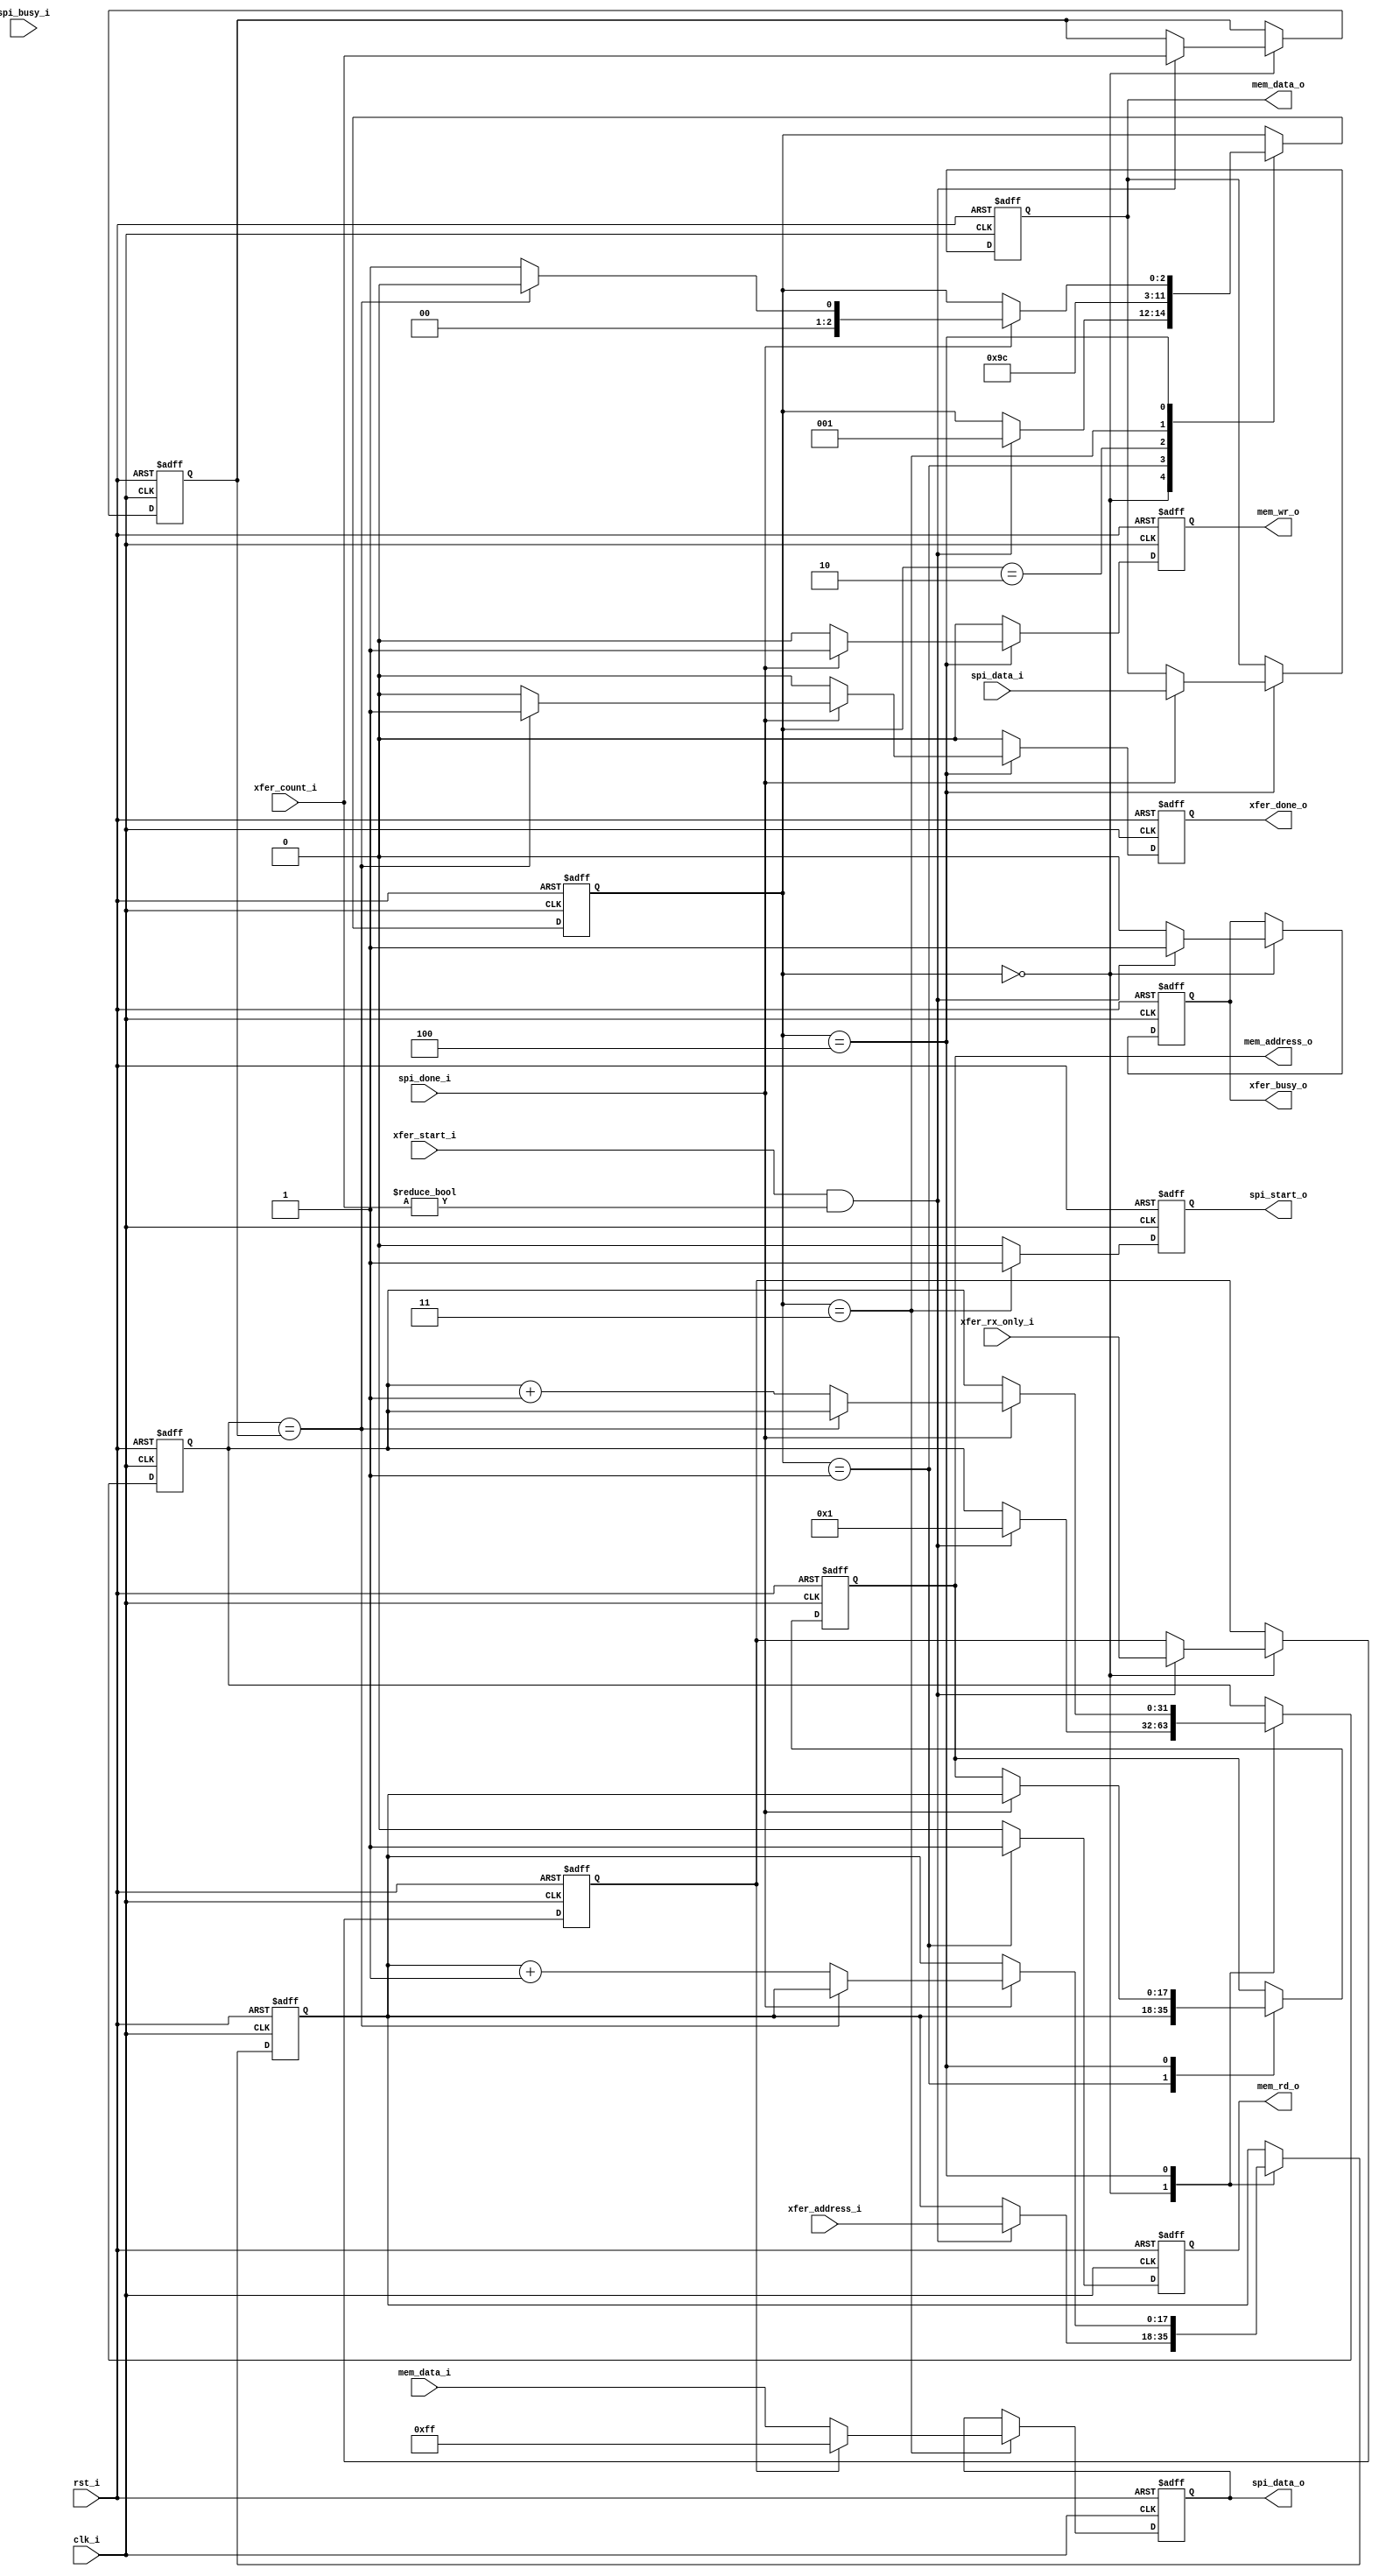
module spi_ctrl 
( 
    // General
    clk_i, 
    rst_i, 
    // Memory interface    
    mem_address_o, 
    mem_data_o, 
    mem_data_i, 
    mem_rd_o, 
    mem_wr_o, 
    // SPI Access    
    spi_start_o, 
    spi_done_i, 
    spi_busy_i, 
    spi_data_i, 
    spi_data_o, 
    // Control    
    xfer_count_i, 
    xfer_address_i, 
    xfer_start_i, 
    xfer_rx_only_i, 
    xfer_done_o, 
    xfer_busy_o 
);

//-----------------------------------------------------------------
// Params
//-----------------------------------------------------------------
parameter  [31:0]               MEM_ADDR_WIDTH = 18;
parameter  [31:0]               XFER_COUNT_WIDTH = 32;
parameter  [31:0]               TRANSFER_WIDTH = 8;

//-----------------------------------------------------------------
// I/O
//----------------------------------------------------------------- 
input                           clk_i /*verilator public*/;
input                           rst_i /*verilator public*/;
output [(MEM_ADDR_WIDTH - 1):0] mem_address_o /*verilator public*/;
output [(TRANSFER_WIDTH - 1):0] mem_data_o /*verilator public*/;
input [(TRANSFER_WIDTH - 1):0]  mem_data_i /*verilator public*/;
output                          mem_rd_o /*verilator public*/;
output                          mem_wr_o /*verilator public*/;
output                          spi_start_o /*verilator public*/;
input                           spi_done_i /*verilator public*/;
input                           spi_busy_i /*verilator public*/;
input [(TRANSFER_WIDTH - 1):0]  spi_data_i /*verilator public*/;
output [(TRANSFER_WIDTH - 1):0] spi_data_o /*verilator public*/;
input [(XFER_COUNT_WIDTH - 1):0]xfer_count_i /*verilator public*/;
input [(MEM_ADDR_WIDTH - 1):0]  xfer_address_i /*verilator public*/;
input                           xfer_start_i /*verilator public*/;
input                           xfer_rx_only_i /*verilator public*/;
output                          xfer_done_o /*verilator public*/;
output                          xfer_busy_o /*verilator public*/;

//-----------------------------------------------------------------
// Registers
//-----------------------------------------------------------------
parameter                        STATE_IDLE = 3'd0;
parameter                        STATE_READ = 3'd1;
parameter                        STATE_READWAIT = 3'd2;
parameter                        STATE_XFER = 3'd3;
parameter                        STATE_WRITE = 3'd4;
    
reg [2:0]                       reg_state;
reg [(XFER_COUNT_WIDTH - 1):0]  reg_count;
reg [(XFER_COUNT_WIDTH - 1):0]  reg_current;
reg [(MEM_ADDR_WIDTH - 1):0]    reg_address;
reg                             reg_rx_only;
reg [(MEM_ADDR_WIDTH - 1):0]    mem_address_o;
reg [(TRANSFER_WIDTH - 1):0]    mem_data_o;
reg                             mem_rd_o;
reg                             mem_wr_o;
reg                             spi_start_o;
reg [(TRANSFER_WIDTH - 1):0]    spi_data_o;
reg                             xfer_done_o;
reg                             xfer_busy_o;

//-----------------------------------------------------------------
// Implementation
//-----------------------------------------------------------------   
always @ (posedge clk_i or posedge rst_i)
begin 
    if (rst_i == 1'b1) 
    begin 
        mem_rd_o        <= 1'b0;
        mem_wr_o        <= 1'b0;
        mem_address_o   <= {(MEM_ADDR_WIDTH - 0){1'b0}};
        mem_data_o      <= {(TRANSFER_WIDTH - 0){1'b0}};
        xfer_done_o     <= 1'b0;
        xfer_busy_o     <= 1'b0;
        spi_start_o     <= 1'b0;
        spi_data_o      <= {(TRANSFER_WIDTH - 0){1'b0}};
        reg_count       <= {(XFER_COUNT_WIDTH - 0){1'b0}};
        reg_current     <= {(XFER_COUNT_WIDTH - 0){1'b0}};
        reg_address     <= {(MEM_ADDR_WIDTH - 0){1'b0}};
        reg_rx_only     <= 1'b0;
        reg_state       <= STATE_IDLE;
    end
   else 
   begin 
       xfer_done_o      <= 1'b0;
       spi_start_o      <= 1'b0;
       mem_rd_o         <= 1'b0;
       mem_wr_o         <= 1'b0;
       
       case (reg_state)
       //-------------------------------
       // STATE_IDLE
       //-------------------------------
       STATE_IDLE : 
       begin
           if ((xfer_start_i == 1'b1) & (xfer_count_i != 0))
           begin 
               xfer_busy_o  <= 1'b1;
               reg_count    <= xfer_count_i;
               reg_current  <= 32'h00000001;
               reg_address  <= xfer_address_i;
               reg_rx_only  <= xfer_rx_only_i;
               reg_state    <= STATE_READ;
           end
           else 
                xfer_busy_o <= 1'b0;
       end
       //-------------------------------
       // STATE_READ
       //-------------------------------
       STATE_READ : 
       begin 
           mem_address_o <= reg_address;
           mem_rd_o      <= 1'b1;
           reg_state     <= STATE_READWAIT;
       end
       //-------------------------------
       // STATE_READWAIT
       //-------------------------------
       STATE_READWAIT : 
            reg_state <= STATE_XFER;
       //-------------------------------
       // STATE_XFER
       //-------------------------------
       STATE_XFER : 
       begin 
           if (reg_rx_only == 1'b0)
                spi_data_o <= mem_data_i;
           else 
                spi_data_o <= {((TRANSFER_WIDTH - 1)-0+1- 0){1'b1}};

           spi_start_o <= 1'b1;
           reg_state <= STATE_WRITE;
       end
       //-------------------------------
       // STATE_WRITE
       //-------------------------------
       STATE_WRITE : 
       begin
           if (spi_done_i == 1'b1) 
           begin 
               mem_address_o <= reg_address;
               mem_data_o <= spi_data_i;
               mem_wr_o <= 1'b1;
               if (reg_current == reg_count)
                   begin 
                       xfer_done_o <= 1'b1;
                       reg_state <= STATE_IDLE;
                   end
               else 
                   begin 
                       reg_address <= (reg_address + 1'b1);
                       reg_current <= (reg_current + 1'b1);
                       reg_state <= STATE_READ;
                   end

               
           end
       end
       
       default : 
            ;
       endcase
   end
end

endmodule